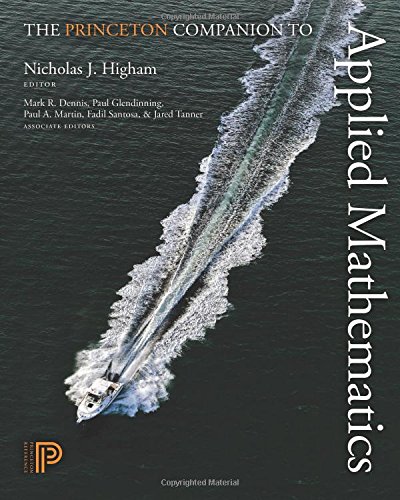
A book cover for The Princeton Companion to Applied Mathematics; Science & Math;